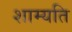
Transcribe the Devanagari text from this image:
शाम्यति